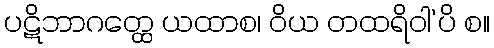
ပဋိဘာဂတ္ထေ ယထာစ၊ ဝိယ တထရိဝါ’ပိ စ။